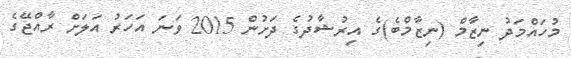
މުހައްމަދު ނިޒާމް (ނިޒާމްބެ)ގެ އިރުޝާދުގެ ދަށުން 2015 ވަނަ އަހަރު އަލަށް ރާއްޖޭގެ